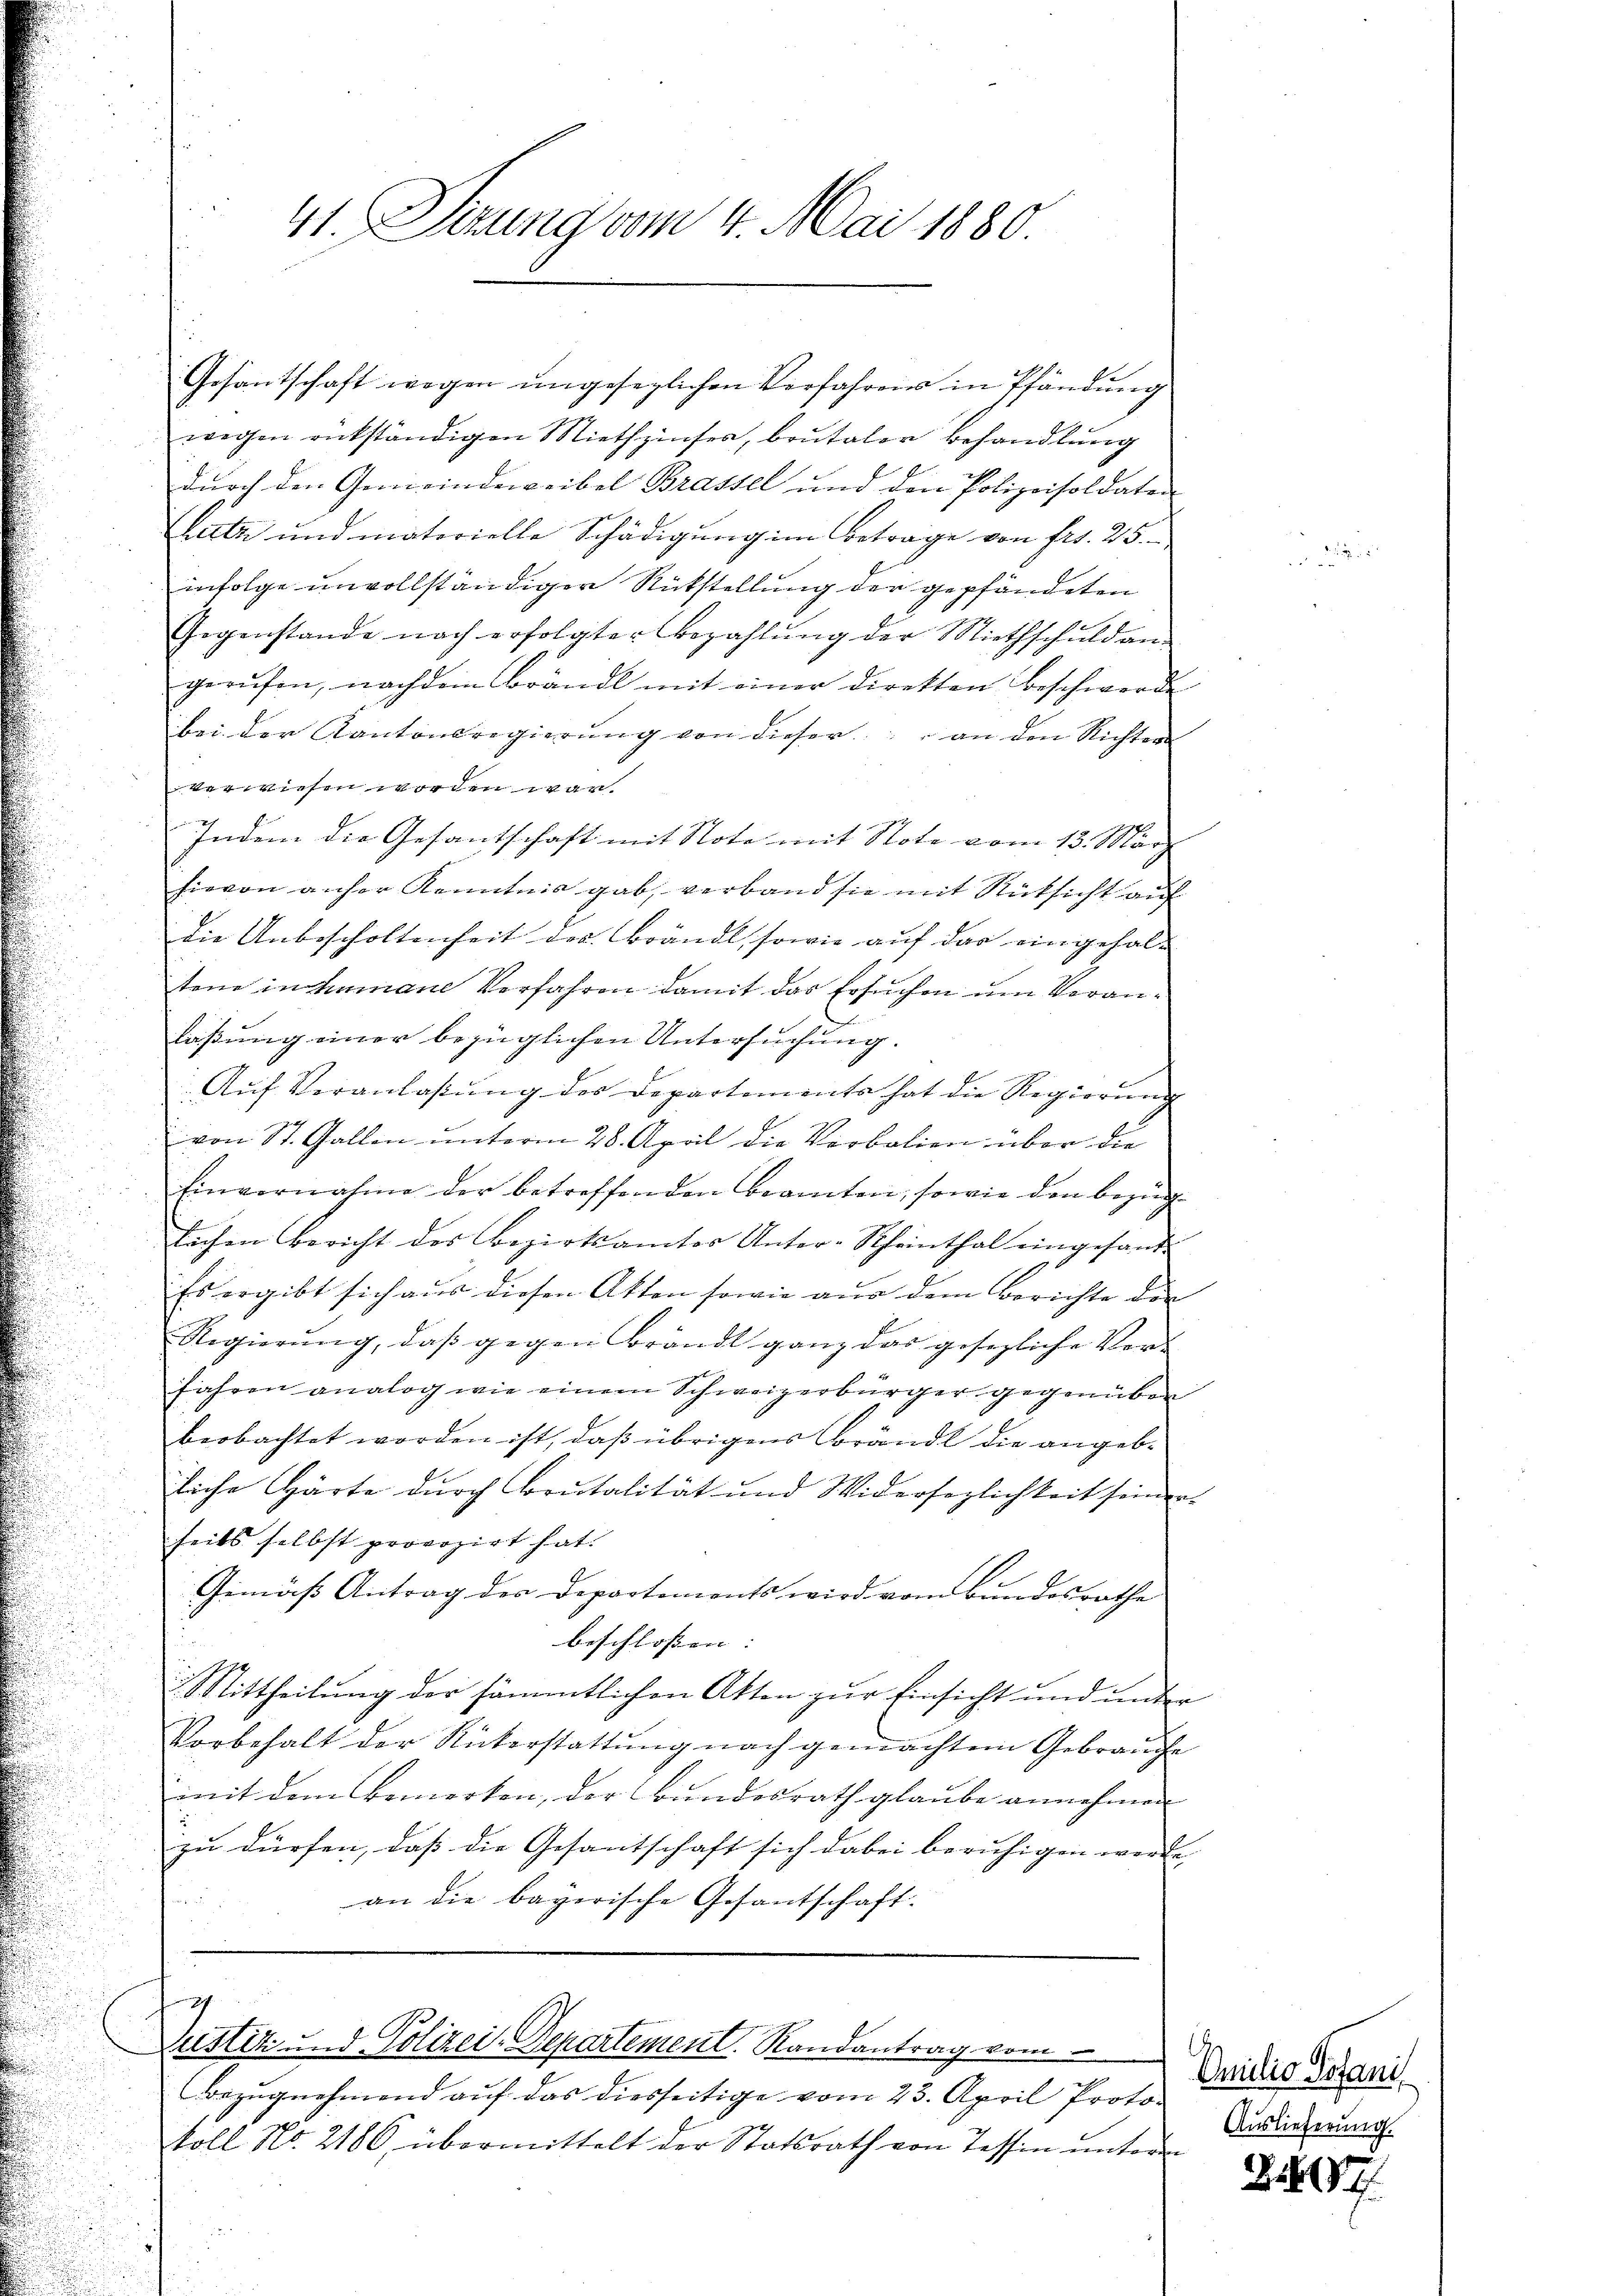
41. Sizung vom 4. Mai 1880.

Gesantschaft wegen ungesezlichen Verfahrens in Pfändung
wegen rükständigen Niethzinser, brutaler behandlung
durch den Gemeindeweibel Brassel und den Polizeisoldaten
Lutz und materielle Schädigung im Betrage von fr. 25
infolge unvollständiger Rückstellung der gepfändeten
Gegenstande nach erfolgter Bezahlung der Miethschuld angerŭfen, nachdem Brandl mit einer diretten Beschwerde
bei der Kantonsregierŭng von dieser an den Richter
verwiesen worden war.
Indem die Gesantschaft mit Note mit Note vom 13. März
hievon anher Kenntnis gab, verband sie mit Rücksicht auf
die Unbescholtenheit des Brändl, sowie auf das eingehal-
tene in Humane Verfahren damit das Ersuchen um Veranlaßung einer bezüglichen Untersuchung.
Aŭf Veranlaβŭng des Departements hat die Regierŭng
von St. Gallen unterm 28. April die Verbolien über die
Einvernahme der betreffenden Beamten, sowie den Bezug
lichen Bericht des Bezirksamter Unter-Scheinthal eingesand¬
Es ergibt sich aus diesen Akten sowie aus dem Berichte der
Regierŭng, daβ gegen Brandl ganz das gesezliche Ver-
fahren analog wie einem Schweizerbürger gegenüber
beobachtet worden ist, daß übrigens Brändl die angebliche Gärte durch Brutalität und Widersezlichkeit seinen
seits selbst provozirt hat.
Gemäß Antrag der Departements wird vom Bundesrathe
beschlossen: |
Mittheilung der sämmtlichen Atten zur Einsicht und unter
Vorbehalt der Rückerstattŭng nach gemachten Gebrauche
mmit dem Bemerken, der Bundesrath glaube annehmen
zu dürfen, daß die Gesantschaft sich dabei beruhigen werde,
an die bayerische Gesantschaft.

2
ustiz und Polizei-Departement. Randantrag vom

Bezŭgnehmend auf das diesseitige vom 23. April Protokoll No. 2186, übermittelt der Statsrath von Tessin unterm

Omilio Votanis
Auslieferung.

307.